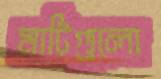
মাটিগুলো